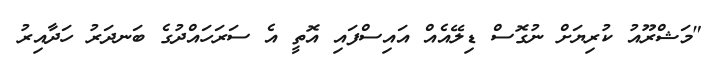
"މަޝްރޫއު ކުރިޔަށް ނުގޮސް ޑިލޭއެއް އައިސްފައި އޮތީ އެ ސަރަހައްދުގެ ބަނދަރު ހަދާއިރު